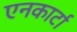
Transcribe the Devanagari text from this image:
एनकार्टा